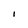
Character: I